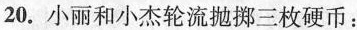
20.小丽和小杰轮流抛掷三枚硬币：